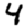
Digit: 4